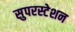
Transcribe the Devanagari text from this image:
सुपरस्टेशन